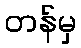
တန်မှ